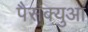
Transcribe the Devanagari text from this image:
पैसक्युआ